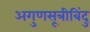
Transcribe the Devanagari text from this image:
अगुणसूत्रीबिंदु